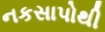
નકસાપોથી